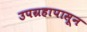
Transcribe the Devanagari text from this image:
उपग्रहापासून